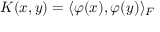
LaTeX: K ( x , y ) = \langle \varphi ( x ) , \varphi ( y ) \rangle _ { F }